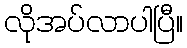
လိုအပ်လာပါပြီ။